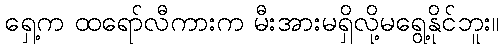
ရှေ့က ထရော်လီကားက မီးအားမရှိလို့မရွေ့နိုင်ဘူး။